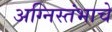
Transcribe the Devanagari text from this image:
अग्निस्तंभाचे